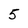
Character: 5